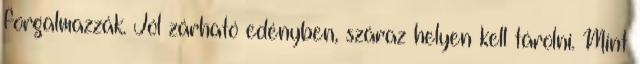
forgalmazzák. Jól zárható edényben, száraz helyen kell tárolni. Mint